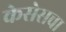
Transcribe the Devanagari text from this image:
केसेसचा